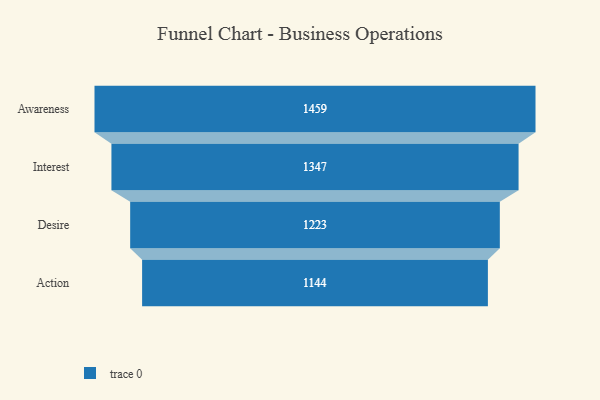
{"axis": {"x": "Stage", "y": "Value"}, "legend": [""], "data": [{"x": "Awareness", "y": 1459.0, "type": ""}, {"x": "Interest", "y": 1347.0, "type": ""}, {"x": "Desire", "y": 1223.0, "type": ""}, {"x": "Action", "y": 1144.0, "type": ""}]}